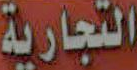
التجارية